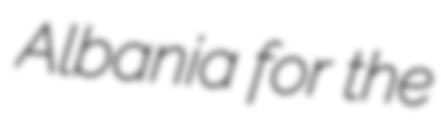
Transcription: Albania for the